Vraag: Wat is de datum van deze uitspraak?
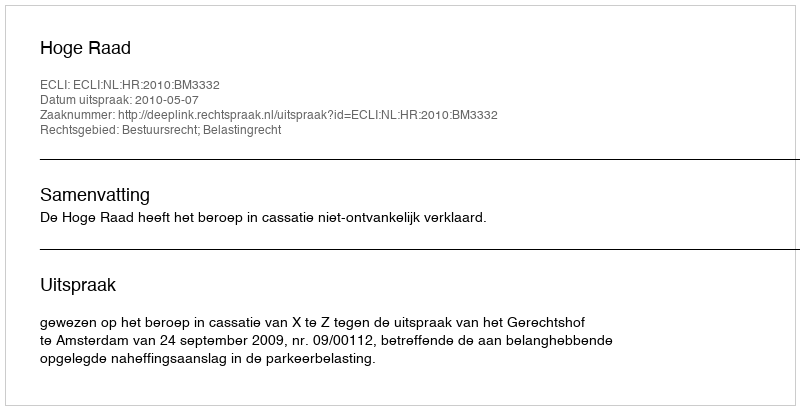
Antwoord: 2010-05-07